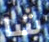
شا